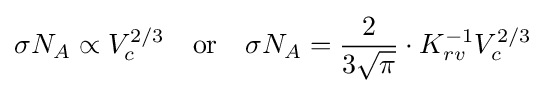
\sigma N_{A}\propto V_{c}^{2/3}\quad {\text{or}}\quad \sigma N_{A}={\frac {2}{3{\sqrt {\pi }}}}\cdot K_{rv}^{-1}V_{c}^{2/3}